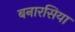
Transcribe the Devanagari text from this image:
बनारसिया